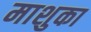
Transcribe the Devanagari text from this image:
माशुका